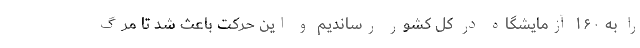
را به ۱۶۰ آزمایشگاه در کل کشور رساندیم و این حرکت باعث شد تا مرگ‌